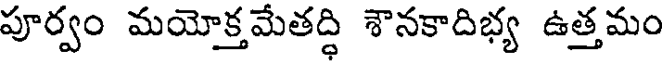
పూర్వం మయోక్తమేతద్ధి శానకాదిభ్య ఉత్తమం